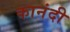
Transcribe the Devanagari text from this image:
कानंदी